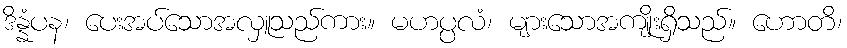
ဒိန္နံပန၊ ပေးအပ်သောအလှူသည်ကား။ မဟပ္ပလံ၊ များသောအကျိုးရှိသည်။ ဟောတိ၊